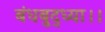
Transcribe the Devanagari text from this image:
बंधबुद्ध्या।।